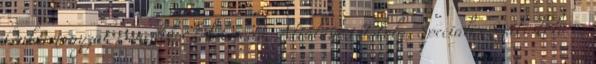
Önkormányzat Benedek Elek Óvoda, Általános Iskola, Speciális Szakiskola és